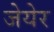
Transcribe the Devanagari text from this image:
जेयेर